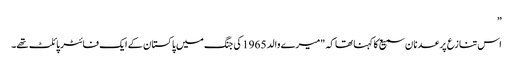
”
اس تنازع پر عدنان سمیع کا کہنا تھا کہ "میرے والد 1965 کی جنگ میں پاکستان کے ایک فائٹر پائلٹ تھے۔